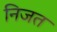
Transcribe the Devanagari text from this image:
निजत